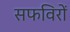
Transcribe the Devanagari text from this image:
सफविरों